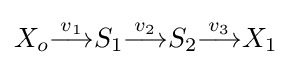
X_{o}{\stackrel {v_{1}}{\longrightarrow }}S_{1}{\stackrel {v_{2}}{\longrightarrow }}S_{2}{\stackrel {v_{3}}{\longrightarrow }}X_{1}